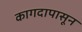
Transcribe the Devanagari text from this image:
कागदापासून